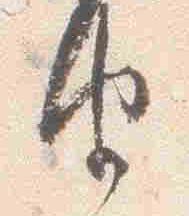
由